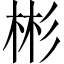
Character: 彬